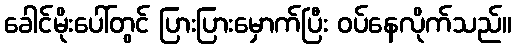
ခေါင်မိုးပေါ်တွင် ပြားပြားမှောက်ပြီး ဝပ်နေလိုက်သည်။